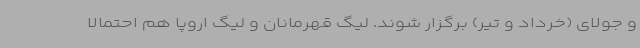
و جولای (خرداد و تیر) برگزار شوند. لیگ قهرمانان و لیگ اروپا هم احتمالا